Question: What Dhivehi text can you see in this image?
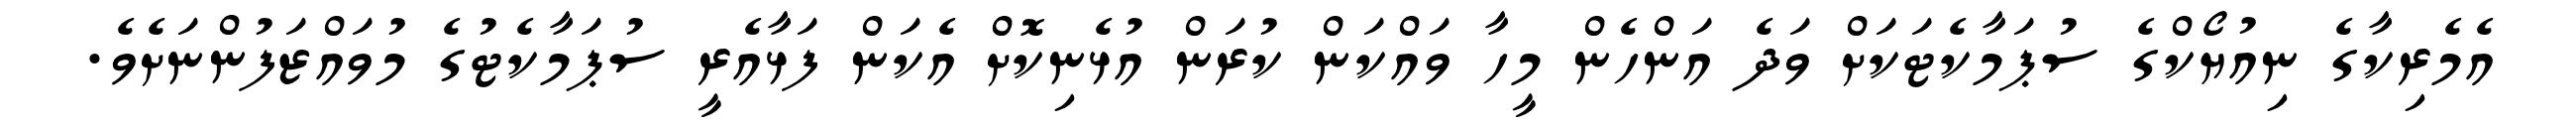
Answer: އެމެރިކާގެ ނިއުޔޯކްގެ ސުޕަމާކެޓަކަށް ވަދެ އަންހެން މީހާ ވައްކަން ކުރަން އުޅެނިކޮށް އެކަން ފަޅާއެރީ ސުޕަމާކެޓުގެ މުވައްޒަފުންނަށެވެ.